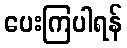
ပေးကြပါရန်